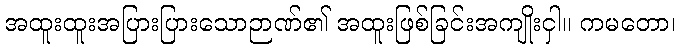
အထူးထူးအပြားပြားသောဉာဏ်၏ အထူးဖြစ်ခြင်းအကျိုးငှါ။ ကမတော၊